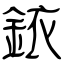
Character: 銥